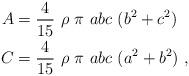
LaTeX: \begin{align*} A&=\frac{4}{15}\ \rho\ \pi\ abc\ (b^2+c^2)\\C&=\frac{4}{15}\ \rho\ \pi\ abc\ (a^2+b^2)\ , \end{align*}